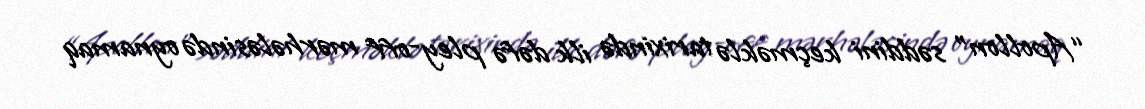
“Apollon” səddini keçməklə tarixində ilk dəfə pley-off mərhələsində oynamaq